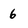
Character: 6